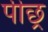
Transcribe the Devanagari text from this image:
पीछ्र